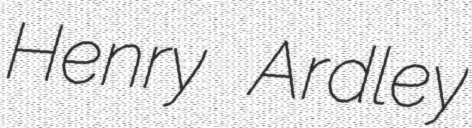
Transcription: Henry Ardley